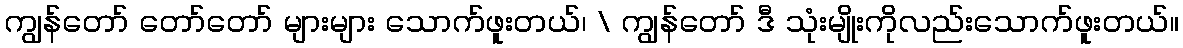
ကျွန်တော် တော်တော် များများ သောက်ဖူးတယ်၊ \ ကျွန်တော် ဒီ သုံးမျိုးကိုလည်းသောက်ဖူးတယ်။